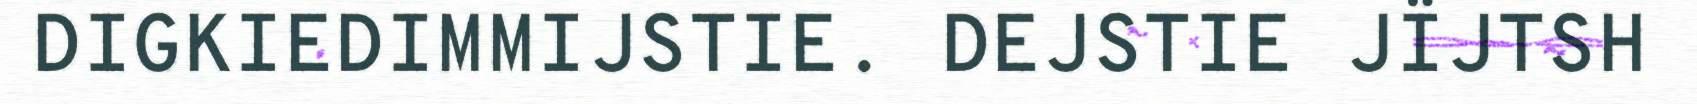
DIGKIEDIMMIJSTIE. DEJSTIE JÏJTSH